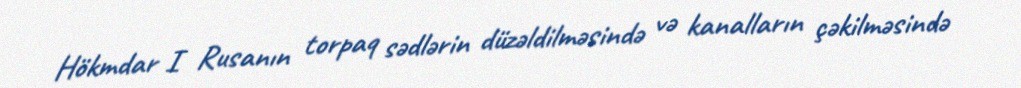
Hökmdar I Rusanın torpaq sədlərin düzəldilməsində və kanalların çəkilməsində